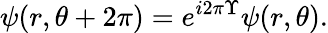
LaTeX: \psi(r,\theta+2\pi)=e^{i2\pi\Upsilon}\psi(r,\theta).